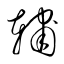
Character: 輔